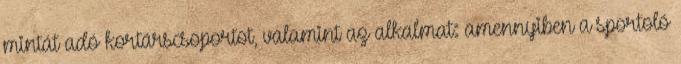
mintát adó kortárscsoportot, valamint az alkalmat: amennyiben a sportoló